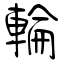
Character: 輪